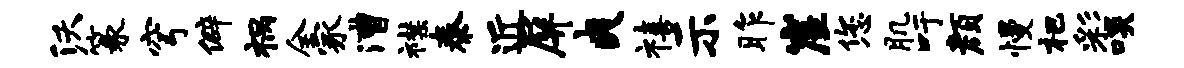
沃篆穹僻祸全冢漕襟泰近屏爽禧示昨崖您肌吁颜慢杷彩啖